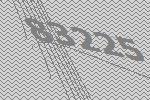
83225